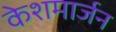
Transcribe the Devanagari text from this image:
केशमार्जन